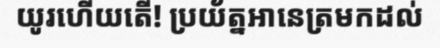
យូរហើយតើ! ប្រយ័ត្នអានេត្រមកដល់